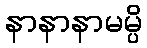
နာနာနာမမ္ပိ